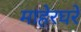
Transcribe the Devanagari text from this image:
माहेरघरे